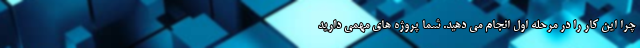
چرا این کار را در مرحله اول انجام می ‌دهید. شما پروژه های مهمی دارید